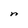
Character: n